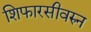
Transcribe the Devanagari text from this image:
शिफारसीवरुन